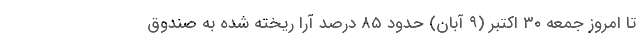
تا امروز جمعه ۳۰ اکتبر (۹ آبان) حدود ۸۵ درصد آرا ریخته شده به صندوق